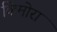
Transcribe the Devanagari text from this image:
किमोरा